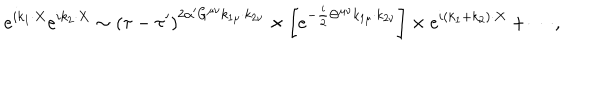
e ^ { i k _ { 1 } \cdot X } e ^ { i k _ { 2 } \cdot X } \sim \left( \tau - \tau ^ { \prime } \right) ^ { 2 \alpha ^ { \prime } G ^ { \mu \nu } k _ { 1 \mu } \cdot k _ { 2 \nu } } \times \left[ e ^ { - \frac { i } { 2 } \Theta ^ { \mu \nu } k _ { 1 \mu } \cdot k _ { 2 \nu } } \right] \times e ^ { i \left( k _ { 1 } + k _ { 2 } \right) \cdot X } + \cdots ,